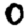
Digit: 0